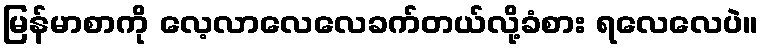
မြန်မာစာကို လေ့လာလေလေခက်တယ်လို့ခံစား ရလေလေပဲ။